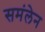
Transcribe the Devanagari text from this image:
समंलेन